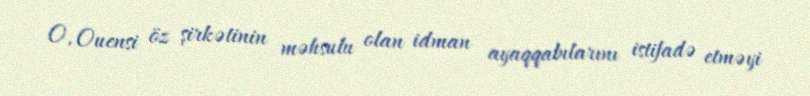
O, Ouensi öz şirkətinin məhsulu olan idman ayaqqabılarını istifadə etməyi